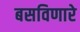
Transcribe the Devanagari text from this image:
बसविणारे